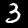
Digit: 3